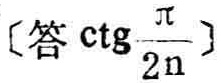
〔答 \( \cot\frac{\pi}{2n} \)〕